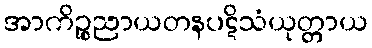
အာကိဉ္စညာယတနပဋိသံယုတ္တာယ